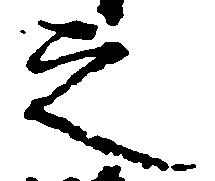
之